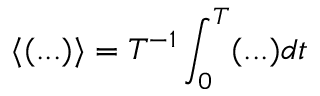
\langle ( . . . ) \rangle = T ^ { - 1 } \int _ { 0 } ^ { T } ( . . . ) d t